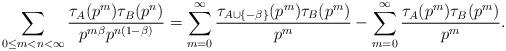
LaTeX: \begin{align*}\sum_{ 0\leq m<n<\infty } \frac{\tau_A(p^{m}) \tau_B(p^{n}) }{ p^{m\beta} p^{n(1-\beta)} } = \sum_{m=0}^{\infty} \frac{ \tau_{A\cup\{-\beta\}}(p^m) \tau_B(p^m) }{p^{m}} - \sum_{m=0}^{\infty} \frac{\tau_{A}(p^m) \tau_B(p^m) }{p^{m}}.\end{align*}